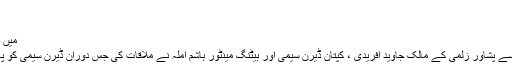
ناقص فارم اور.
5 مارچ‬‮ 2020
میں بھی پاکستان میں ٹیکس دینے کے لئے تیار ہوں
اسلام آبا د(نیوز ڈیسک) وزیراعظم عمران خان سے پشاور زلمی کے مالک جاوید آفریدی ، کپتان ڈیرن سیمی اور بیٹنگ مینٹور ہاشم آملہ نے ملاقات کی جس دوران ڈیرن سیمی کو پاکستان کی شہریت ملنے پر مبارک باد دی اور.